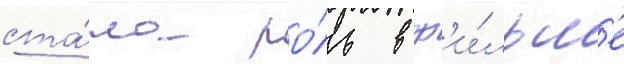
ста́ла ро́ль в ф'и́льм'е